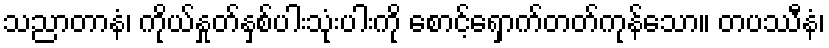
သညာတာနံ၊ ကိုယ်နှုတ်နှစ်ပါးသုံးပါးကို စောင့်ရှောက်တတ်ကုန်သော။ တပဿီနံ၊